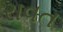
રાવત